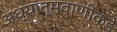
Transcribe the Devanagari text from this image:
अध्यात्मवाणीकडे